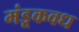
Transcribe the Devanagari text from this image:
मंडूकवध